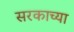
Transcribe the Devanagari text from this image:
सरकाच्या